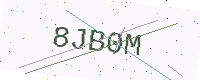
Text: 8JB0M